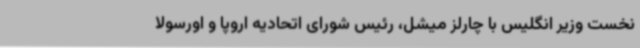
نخست وزیر انگلیس با چارلز میشل، رئیس شورای اتحادیه اروپا و اورسولا